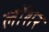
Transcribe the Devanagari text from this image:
लॉशर